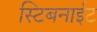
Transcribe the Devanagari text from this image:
स्टिबनाईट